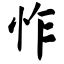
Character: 怍